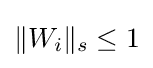
\|W_{i}\|_{s}\leq 1